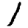
Digit: 1